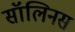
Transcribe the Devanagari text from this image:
सॉलिनस